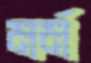
মর্ম